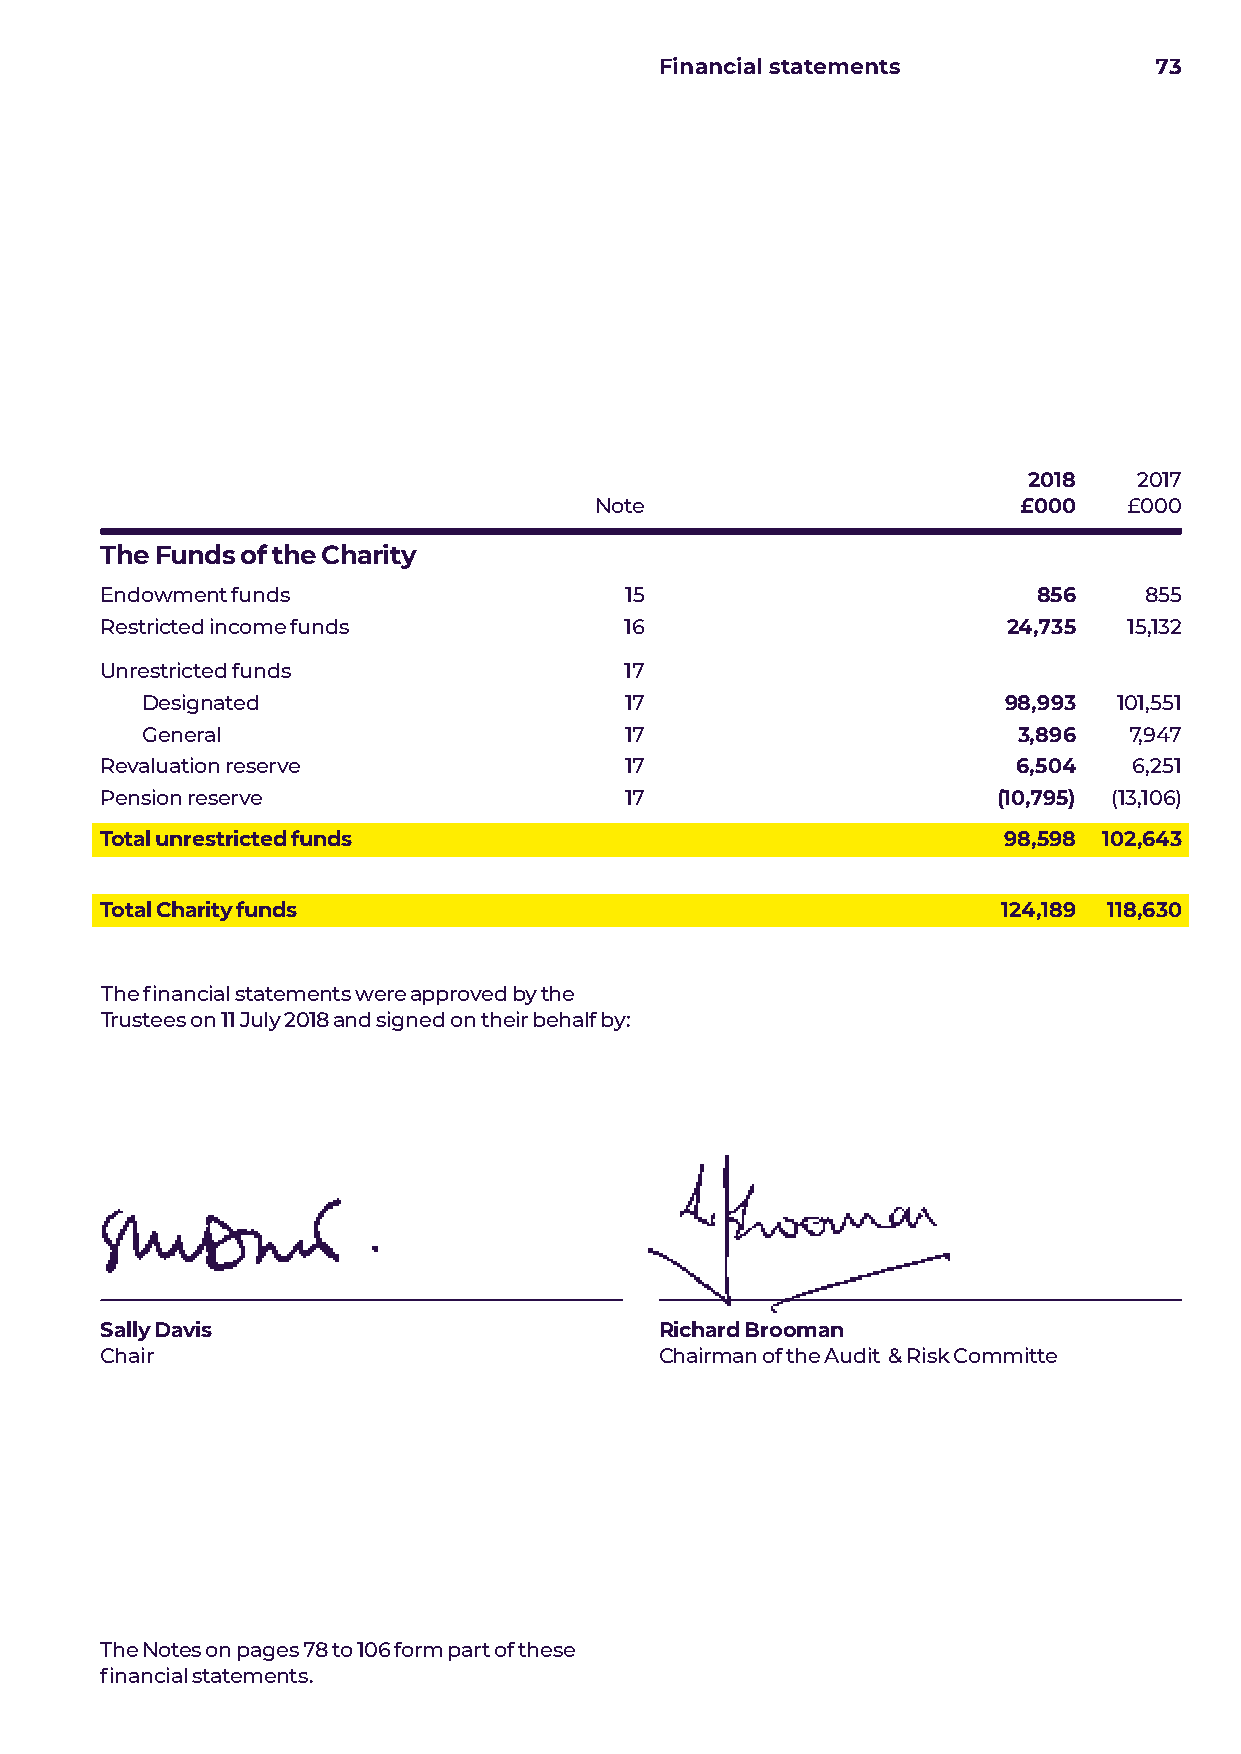
Financial statements            73
 2018   2017
 Note                        £000    £000
 The Funds of the Charity
 Endowment funds                   15                          856    855
 Restricted income funds           16                        24,735  15,132
 Unrestricted funds                17
 Designated                      17                       98,993  101,551
 General                         17                        3,896   7,947
 Revaluation reserve               17                        6,504   6,251
 Pension reserve                   17                       (10,795) (13,106)
 Total unrestricted funds                                   98,598 102,643
 Total Charity funds                                        124,189 118,630
 The financial statements were approved by the
 Trustees on 11 July 2018 and signed on their behalf by:
 Sally Davis                          Richard Brooman
 Chair                                Chairman of the Audit & Risk Committe
 The Notes on pages 78 to 106 form part of these
 financial statements.